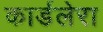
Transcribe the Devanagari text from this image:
कार्डलेरा